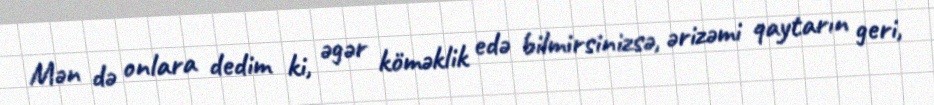
Mən də onlara dedim ki, əgər köməklik edə bilmirsinizsə, ərizəmi qaytarın geri,